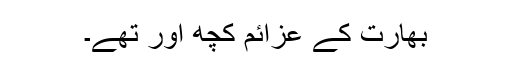
بھارت کے عزائم کچھ اور تھے۔